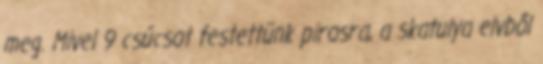
meg. Mivel 9 csúcsot festettünk pirosra, a skatulya elvből